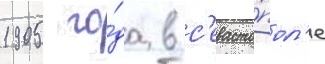
1905 го́да в с'евасто́пол'е